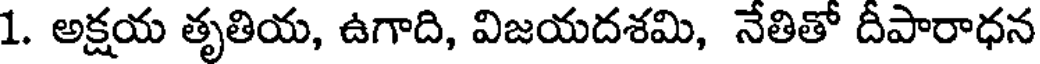
1. అక్షయ తృతియ, ఉగాది, విజయదశమి, నేతితో దీపారాధన